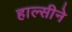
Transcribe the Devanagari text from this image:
हाल्सीने